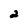
Character: 2